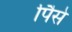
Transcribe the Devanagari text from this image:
पैिसे